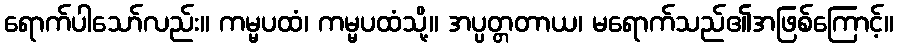
ရောက်ပါသော်လည်း။ ကမ္မပထံ၊ ကမ္မပထံသို့။ အပ္ပတ္တတာယ၊ မရောက်သည်၏အဖြစ်ကြောင့်။